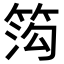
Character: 𬕋